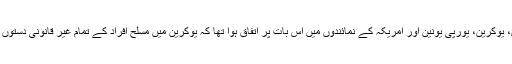
جمعرات کو سوئٹزرلینڈ کے شہر جنیوا میں طے پانے والے معاہدے میں روس، یوکرین، یورپی یونین اور امریکہ کے نمائندوں میں اس بات پر اتفاق ہوا تھا کہ یوکرین میں مسلح افراد کے تمام غیر قانونی دستوں کو ختم کر دیا جائے اور سرکاری عمارتوں پر قبضے بھی ختم کر دیے جائیں۔